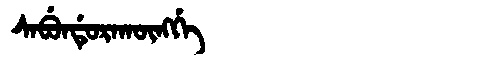
Manchu: ᠰᠠᠪᡠᠨᡩᡠᡵᠠᡴᡡᠩᡤᡝ
Romanization: SABUNDURAKŪNGGE